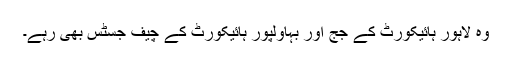
وہ لاہور ہائیکورٹ کے جج اور بہاولپور ہائیکورٹ کے چیف جسٹس بھی رہے۔